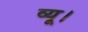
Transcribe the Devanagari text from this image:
व्यू।